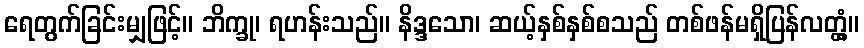
ရေတွက်ခြင်းမျှဖြင့်။ ဘိက္ခု၊ ရဟန်းသည်။ နိဒ္ဒသော၊ ဆယ့်နှစ်နှစ်စသည် တစ်ဖန်မရှိပြန်လတ္တံ့။